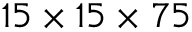
1 5 \times 1 5 \times 7 5